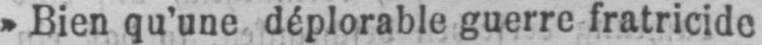
»Bien qu’une déplorable guerre fratricide